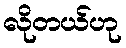
လိုတယ်ဟု